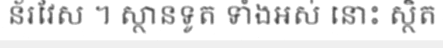
ន័រវែស ។ ស្ថានទូត ទាំងអស់ នោះ ស្ថិត